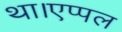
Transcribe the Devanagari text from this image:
था।एप्पल